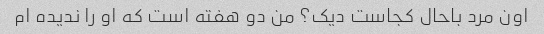
اون مرد باحال کجاست دیک؟ من دو هفته است که او را ندیده ام